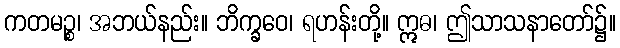
ကတမဉ္စ၊ အဘယ်နည်း။ ဘိက္ခဝေ၊ ရဟန်းတို့။ ဣဓ၊ ဤသာသနာတော်၌။